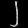
Digit: ၂